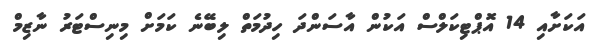
އަކަށާއި 14 އޮޕްޓިކަލްސް އަކުން އާސަންދަ ހިދުމަތް ލިބޭނެ ކަމަށް މިނިސްޓަރު ނާޒިމް